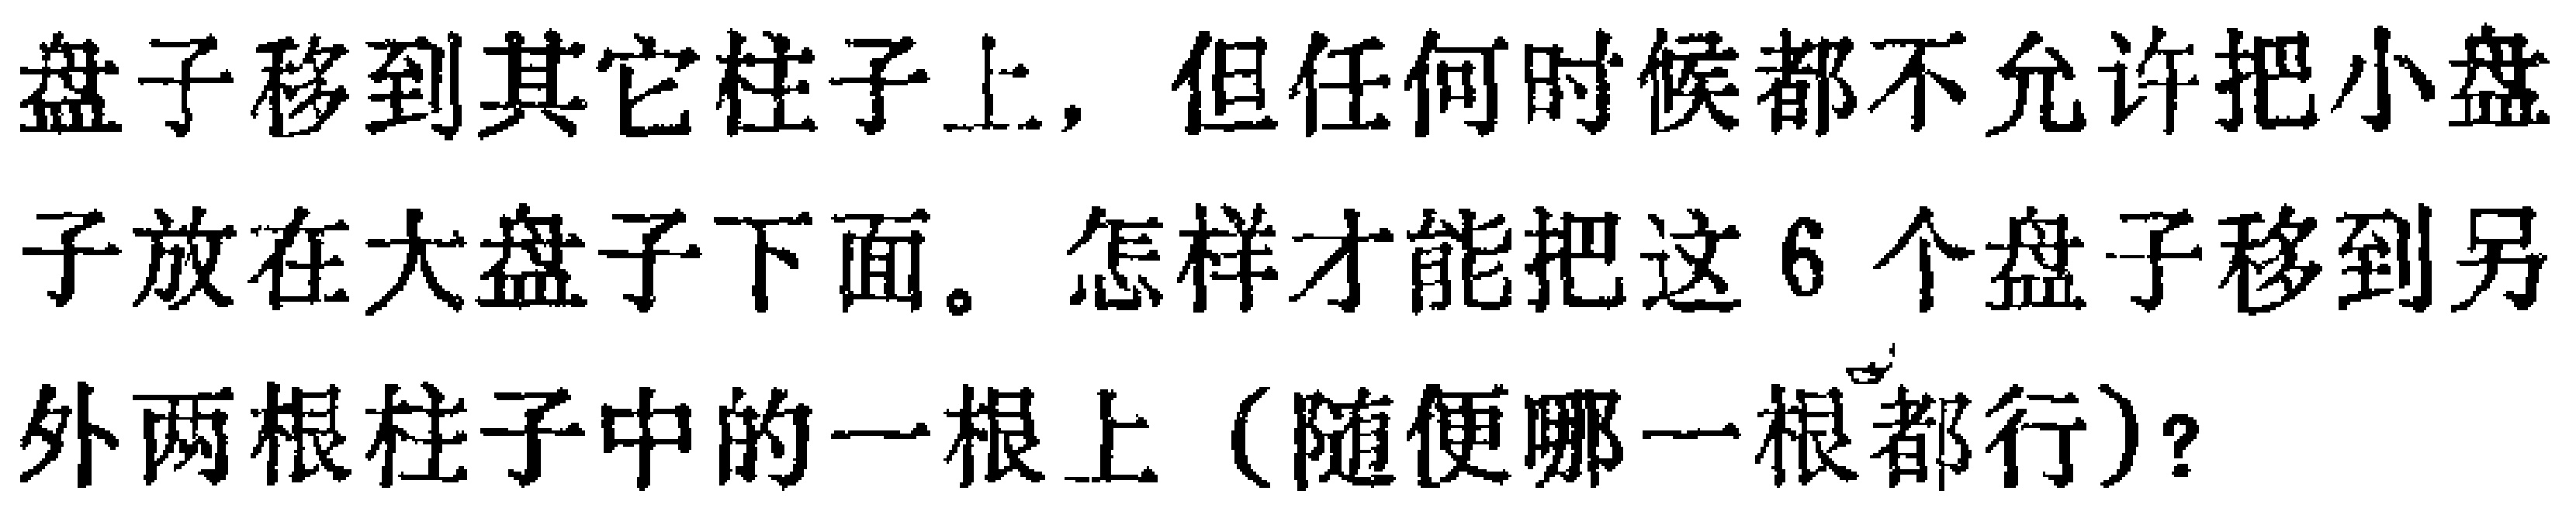
盘子移到其它柱子上，但任何时候都不允许把小盘
子放在大盘子下面。怎样才能把这6个盘子移到另
外两根柱子中的一根上（随便哪一根都行）？